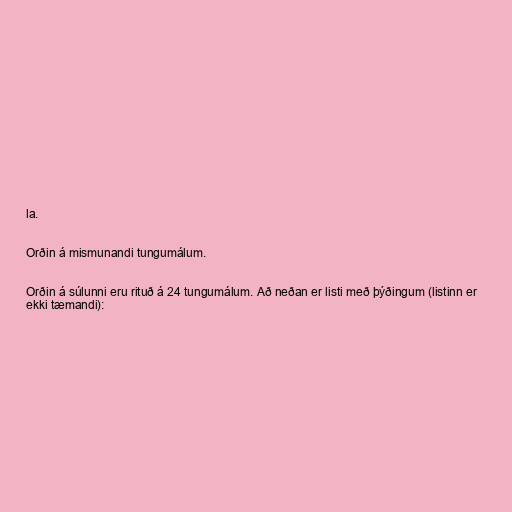
la.

Orðin á mismunandi tungumálum.

Orðin á súlunni eru rituð á 24 tungumálum. Að neðan er listi með þýðingum (listinn er
ekki tæmandi):